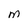
Character: M